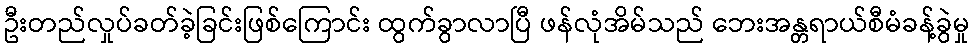
ဦးတည်လှုပ်ခတ်ခဲ့ခြင်းဖြစ်ကြောင်း ထွက်ခွာလာပြီ ဖန်လုံအိမ်သည် ဘေးအန္တရာယ်စီမံခန့်ခွဲမှု